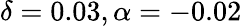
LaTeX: \delta=0.03,\alpha=-0.02